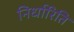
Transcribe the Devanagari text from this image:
निर्धारिति